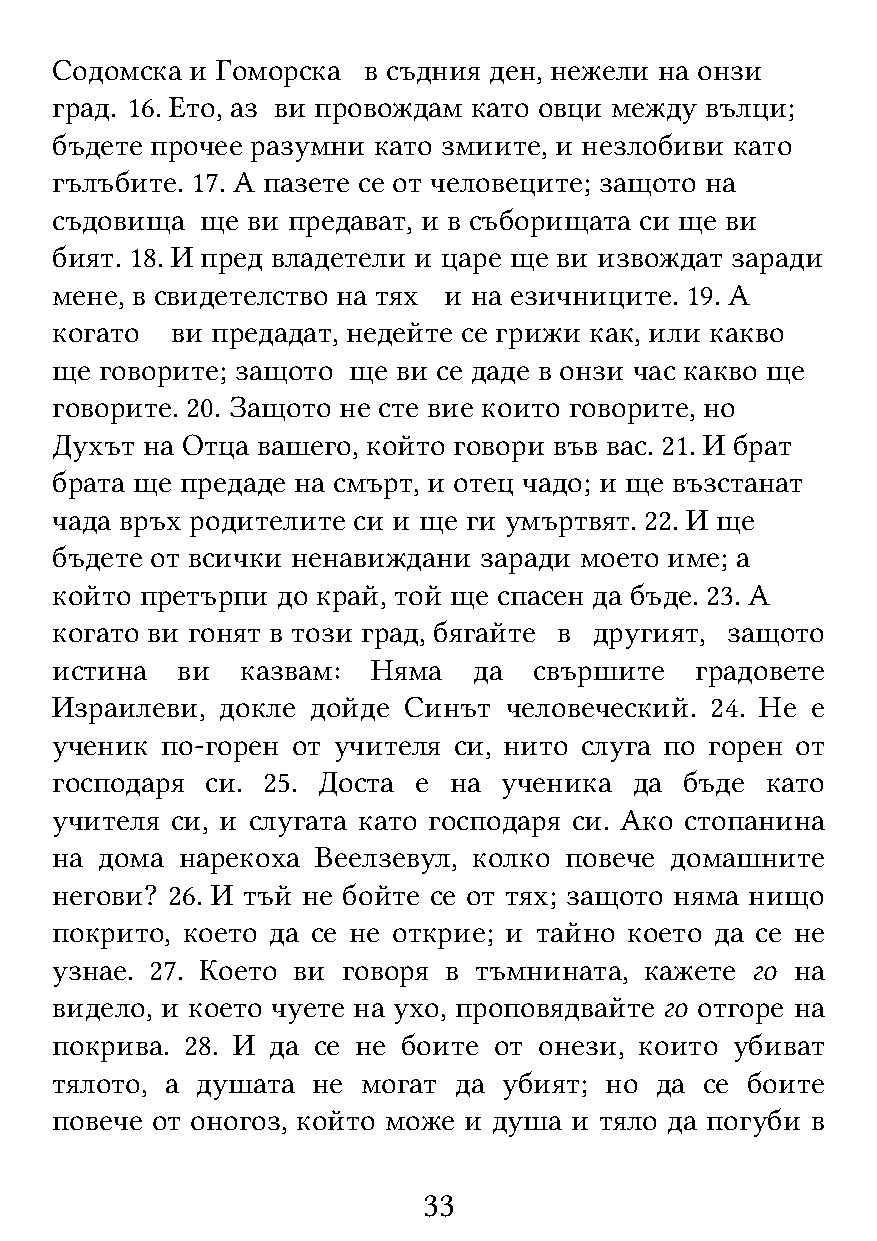
Содомска  и Гоморска в съдния ден, нежели на онзи
 град. 16. Ето, аз ви провождам като овци между вълци;
 бъдете прочее разумни като змиите, и незлобиви като
 гълъбите. 17. А пазете се от человеците; защото на
 съдовища  ще ви предават, и в съборищата си ще ви
 бият. 18. И пред владетели и царе ще ви извождат заради
 мене, в свидетелство на тях и на езичниците. 19. А
 когато  ви предадат, недейте се грижи как, или какво
 ще  говорите; защото ще ви се даде в онзи час какво ще
 говорите. 20. Защото не сте вие които говорите, но
 Духът на Отца вашего, който говори във вас. 21. И брат
 брата ще предаде на смърт, и отец чадо; и ще възстанат
 чада връх родителите си и ще ги умъртвят. 22. И ще
 бъдете от всички ненавиждани заради моето име; а
 който претърпи до край, той ще спасен да бъде. 23. А
 когато ви гонят в този град, бягайте в другият, защото
 истина   ви  казвам:  Няма  да  свършите   градовете
 Израилеви,  докле дойде Синът человеческий. 24. Не е
 ученик  по-горен от учителя си, нито слуга по горен от
 господаря  си. 25. Доста е на ученика  да бъде  като
 учителя си, и слугата като господаря си. Ако стопанина
 на дома  нарекоха Веелзевул, колко повече домашните
 негови? 26. И тъй не бойте се от тях; защото няма нищо
 покрито, което да се не открие; и тайно което да се не
 узнае. 27. Което ви говоря в тъмнината, кажете го на
 видело, и което чуете на ухо, проповядвайте го отгоре на
 покрива. 28. И да се не боите от онези, които убиват
 тялото, а душата  не могат да убият; но да  се боите
 повече от оногоз, който може и душа и тяло да погуби в
 33